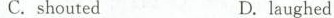
C. shoutedD. laughed